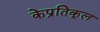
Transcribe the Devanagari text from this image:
केप्रतिकूल